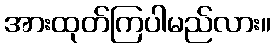
အားထုတ်ကြပါမည်လား။